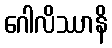
ဂေါလိဿာနိ